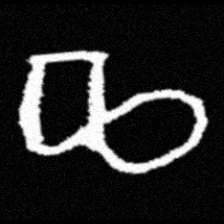
Pyu character \u2014 Myanmar letter: ဆ (romanized: cha)